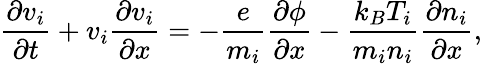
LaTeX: \frac{\partial v_{i}}{\partial t}+v_{i}\frac{\partial v_{i}}{\partial x}=-\frac{e}{m_{i}}\frac{\partial\phi}{\partial x}-\frac{k_{B}T_{i}}{m_{i}n_{i}}\frac{\partial n_{i}}{\partial x},